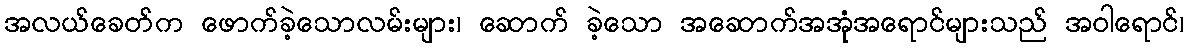
အလယ်ခေတ်က ဖောက်ခဲ့သောလမ်းများ၊ ဆောက် ခဲ့သော အဆောက်အအုံအရောင်များသည် အဝါရောင်၊